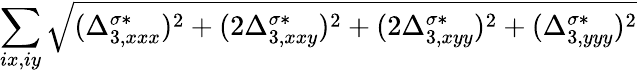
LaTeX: \sum_{ix,iy}\sqrt{(\Delta_{3,xxx}^{\sigma*})^{2}+(2\Delta_{3,xxy}^{\sigma*})^{2}+(2\Delta_{3,xyy}^{\sigma*})^{2}+(\Delta_{3,yyy}^{\sigma*})^{2}}